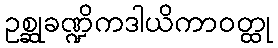
ဥစ္ဆုခဏ္ဍိကဒါယိကာဝတ္ထု